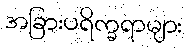
အခြားပရိက္ခရာများ